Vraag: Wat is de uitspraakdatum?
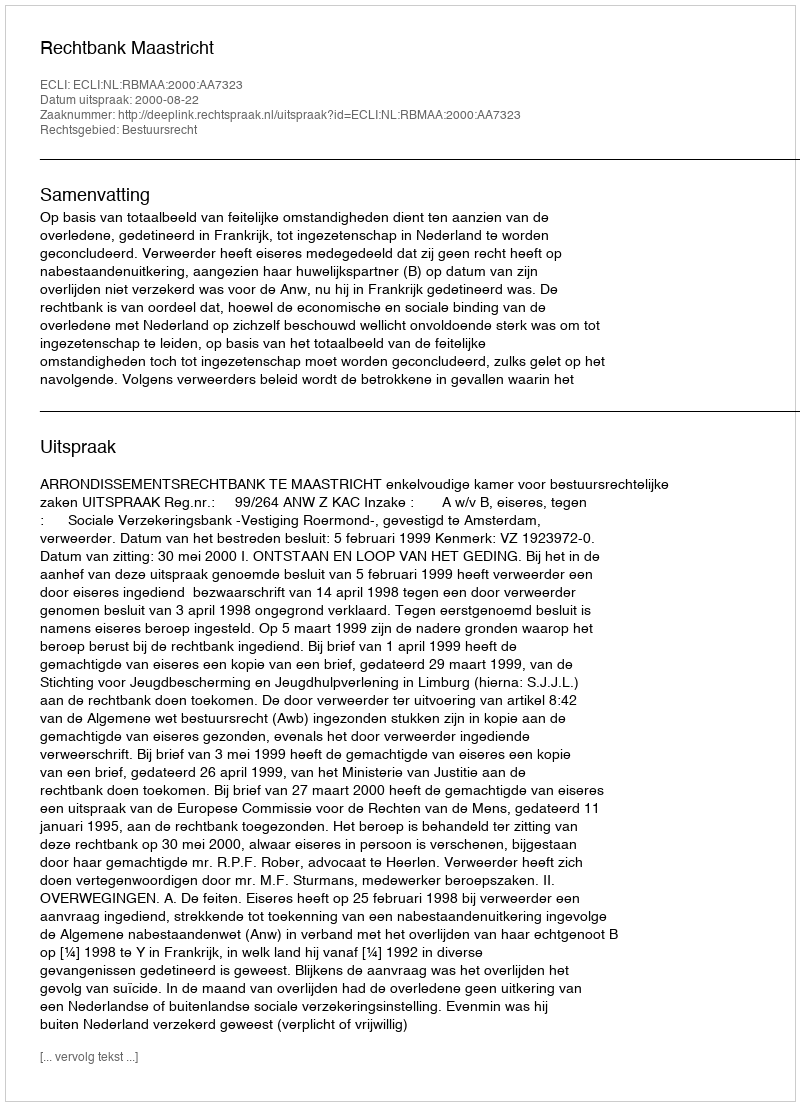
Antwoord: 2000-08-22